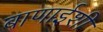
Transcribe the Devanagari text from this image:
बाणाईशी